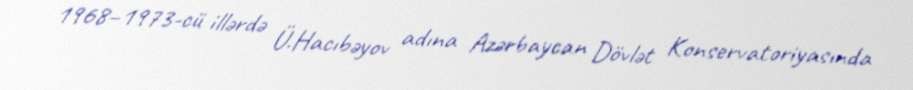
1968–1973-cü illərdə Ü.Hacıbəyov adına Azərbaycan Dövlət Konservatoriyasında